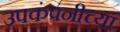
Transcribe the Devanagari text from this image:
उपकंपनीच्या